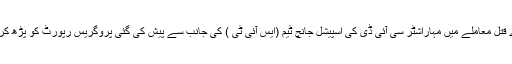
جسٹس ،گووند پانسرے قتل معاملے میں مہاراشٹر سی آئی ڈی کی اسپیشل جانچ ٹیم (ایس آئی ٹی ) کی جانب سے پیش کی گئی پروگریس رپورٹ کو پڑھ کر ناراض ہوگئے تھے ۔